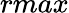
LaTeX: rmax